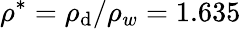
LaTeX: {{\rho}^{*}}={{\rho}_{\mathrm{d}}}/{{\rho}_{w}}=1.635